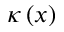
\kappa \left( x \right)